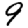
Digit: 9